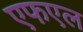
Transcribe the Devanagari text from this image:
एफएल